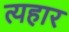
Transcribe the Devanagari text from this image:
त्यहार